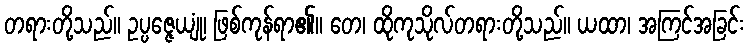
တရားတို့သည်။ ဥပ္ပဇ္ဇေယျုံ၊ ဖြစ်ကုန်ရာ၏။ တေ၊ ထိုကုသိုလ်တရားတို့သည်။ ယထာ၊ အကြင်အခြင်း